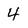
Character: 4